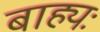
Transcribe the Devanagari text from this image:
बाह्यः